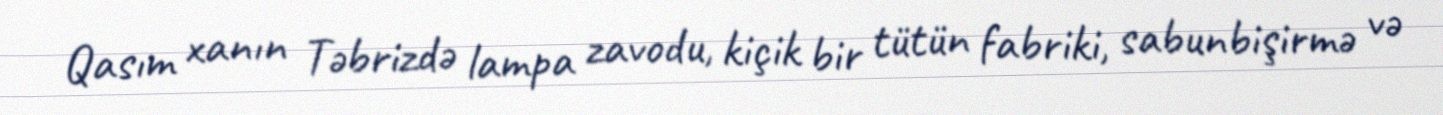
Qasım xanın Təbrizdə lampa zavodu, kiçik bir tütün fabriki, sabunbişirmə və